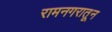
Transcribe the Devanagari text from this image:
रामनगरातून